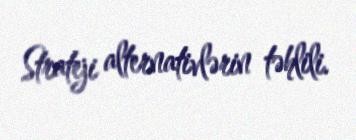
Strateji alternativlərin təhlili.